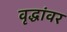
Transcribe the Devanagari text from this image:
वृद्धांवर